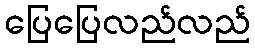
ပြေပြေလည်လည်